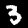
Label: 3